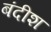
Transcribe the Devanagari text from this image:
बंदीश